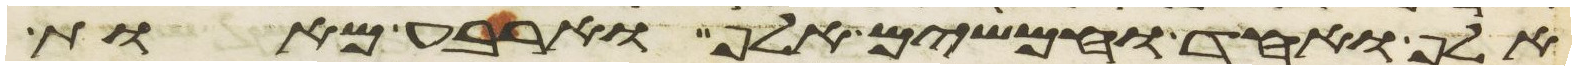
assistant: אלף ואחד וחמשים אלף וארבע מאות